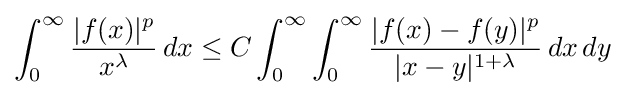
\int _{0}^{\infty }{\frac {\vert f(x)\vert ^{p}}{x^{\lambda }}}\,dx\leq C\int _{0}^{\infty }\int _{0}^{\infty }{\frac {\vert f(x)-f(y)\vert ^{p}}{\vert x-y\vert ^{1+\lambda }}}\,dx\,dy